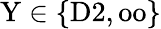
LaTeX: \mathrm{Y}\in\{ \mathrm{D2,oo}\}